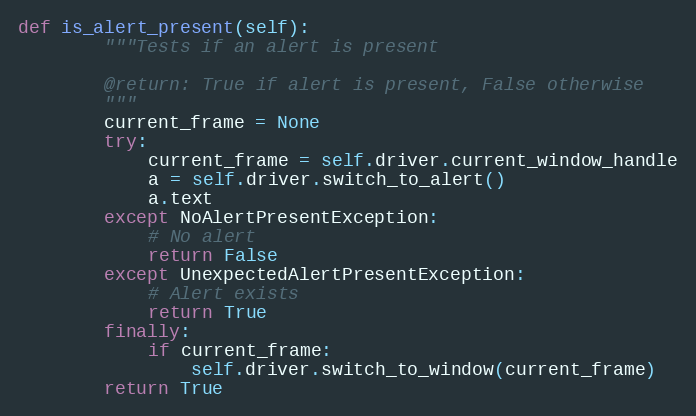
Language: Python
def is_alert_present(self):
        """Tests if an alert is present

        @return: True if alert is present, False otherwise
        """
        current_frame = None
        try:
            current_frame = self.driver.current_window_handle
            a = self.driver.switch_to_alert()
            a.text
        except NoAlertPresentException:
            # No alert
            return False
        except UnexpectedAlertPresentException:
            # Alert exists
            return True
        finally:
            if current_frame:
                self.driver.switch_to_window(current_frame)
        return True